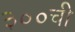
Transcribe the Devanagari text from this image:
३००ची